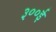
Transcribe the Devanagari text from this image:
३००ई